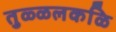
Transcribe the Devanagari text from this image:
तुळ्ळलकळि